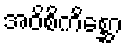
အဝိစိကိစ္ဆော